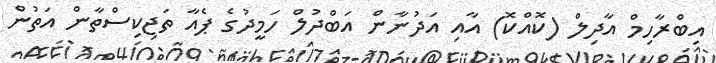
އިބްރާހިމް އާދިލް (ކޮއްކޮ) އާއި އަދުނާން އަބްދުލް ހަމީދުގެ ޕެއާ ތަޖިކިސްތާން އަތުން